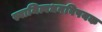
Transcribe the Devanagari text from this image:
स्वामित्वधनविषयक